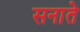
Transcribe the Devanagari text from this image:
सनाते